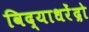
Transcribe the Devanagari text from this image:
विद्याधरेंद्रो